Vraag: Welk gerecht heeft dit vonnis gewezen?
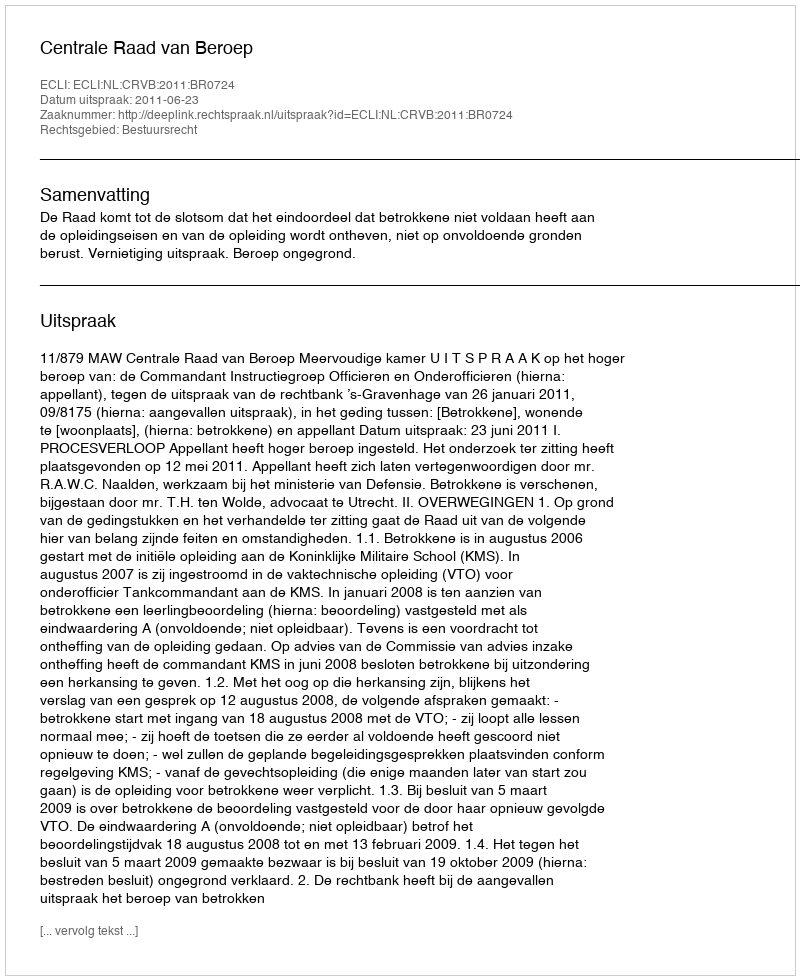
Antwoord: Centrale Raad van Beroep